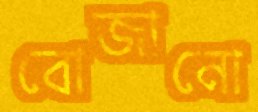
বোজানো